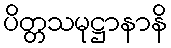
ပိတ္တသမုဋ္ဌာနာနိ